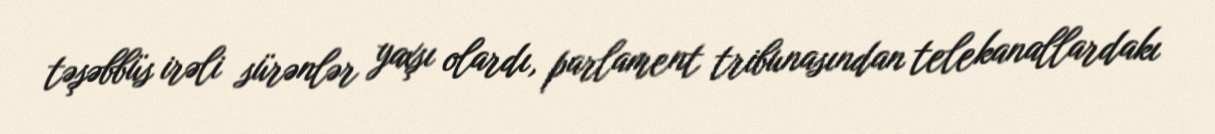
təşəbbüs irəli sürənlər yaxşı olardı, parlament tribunasından telekanallardakı